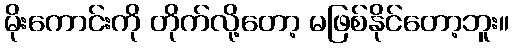
မိုးကောင်းကို တိုက်လို့တော့ မဖြစ်နိုင်တော့ဘူး။